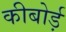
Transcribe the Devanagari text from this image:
कीबोर्ड़